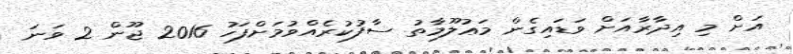
އަށް މި އިދާރާއަށް ވަޑައިގެން މަޢުލޫމާތު ސާފުކުރެއްވުމަށްފަހު 2016 ޖޫން 2 ވަނަ